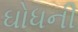
ઘોધની